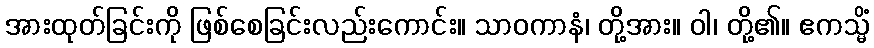
အားထုတ်ခြင်းကို ဖြစ်စေခြင်းလည်းကောင်း။ သာဝကာနံ၊ တို့အား။ ဝါ၊ တို့၏။ ဧကသ္မိံ